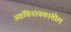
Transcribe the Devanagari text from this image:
अष्टविनायकांतील